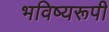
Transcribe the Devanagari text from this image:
भविष्यरूपी